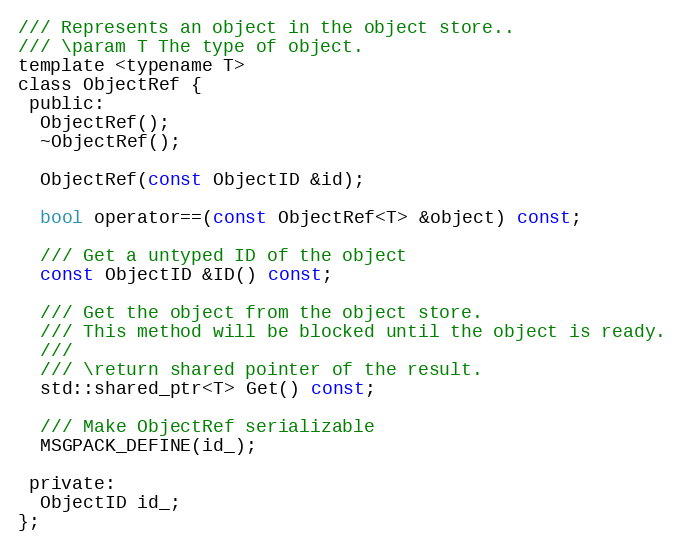
Language: C
/// Represents an object in the object store..
/// \param T The type of object.
template <typename T>
class ObjectRef {
 public:
  ObjectRef();
  ~ObjectRef();

  ObjectRef(const ObjectID &id);

  bool operator==(const ObjectRef<T> &object) const;

  /// Get a untyped ID of the object
  const ObjectID &ID() const;

  /// Get the object from the object store.
  /// This method will be blocked until the object is ready.
  ///
  /// \return shared pointer of the result.
  std::shared_ptr<T> Get() const;

  /// Make ObjectRef serializable
  MSGPACK_DEFINE(id_);

 private:
  ObjectID id_;
};